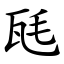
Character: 瓱